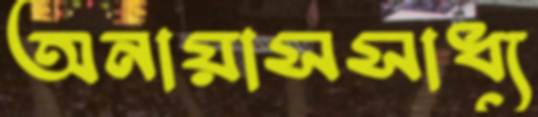
অনায়াসসাধ্য